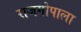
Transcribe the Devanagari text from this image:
राजगोपाला